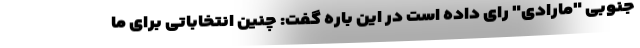
جنوبی "مارادی" رای داده است در این باره گفت: چنین انتخاباتی برای ما